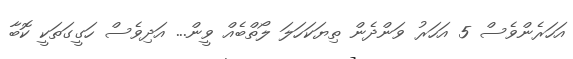
އަހަރެންވެސް 5 އަހަރު ވަންދެން ތިޔަކަހަލަ ލޯތްބެއް ވީން... އަދިވެސް ހަގީގަތަކީ ކޮބާ